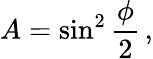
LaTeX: A=\sin^{2}{\frac{\phi}{2}}\, ,